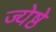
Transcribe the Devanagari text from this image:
ज्येष्ठे